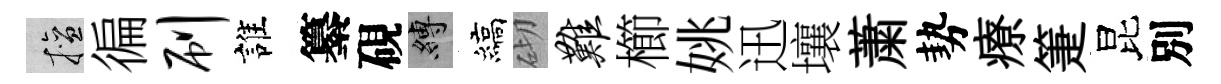
擅徧刷誰纂硯縛縞砌难櫛姚迅壤䔥勢療箑昆別